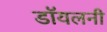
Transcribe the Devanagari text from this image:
डॉयलनी